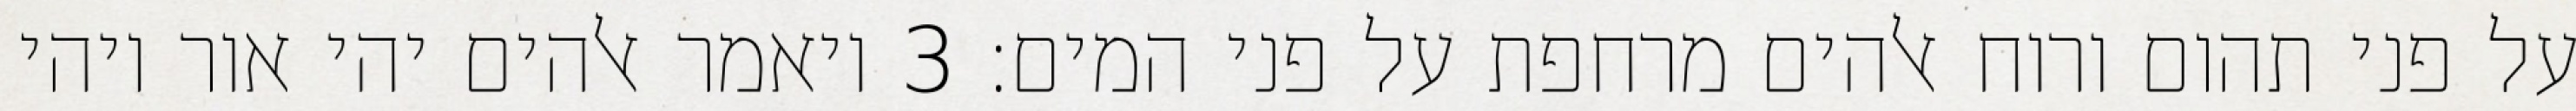
על פני תהום ורוח אלהים מרחפת על פני המים׃ ‎3‏ ויאמר אלהים יהי אור ויהי